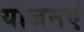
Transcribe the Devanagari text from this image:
योजनएं